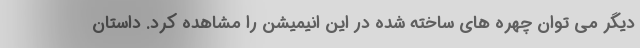
دیگر می توان چهره های ساخته شده در این انیمیشن را مشاهده کرد. داستان